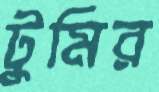
টুমির